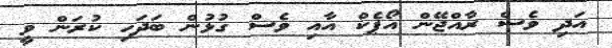
އަދި ވެސް ރާއްޖޭން އޯޕެކް އާއި ވެސް ގުޅުން ބަދަހި ކުރަން ވީ